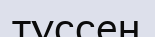
түссең